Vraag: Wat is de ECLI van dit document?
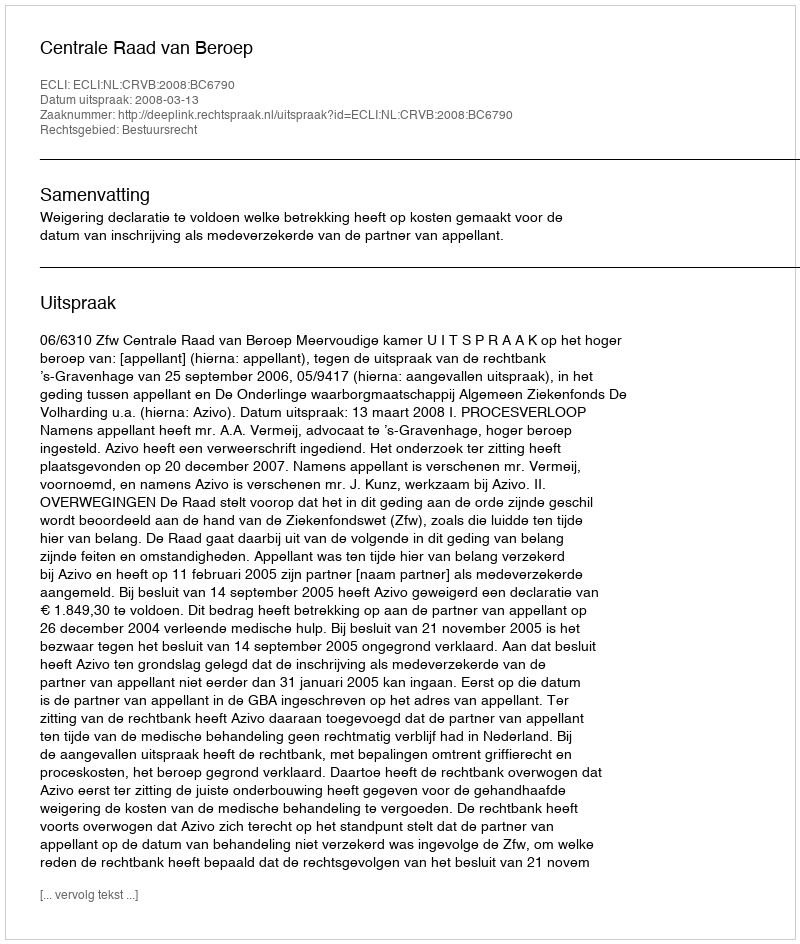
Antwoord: ECLI:NL:CRVB:2008:BC6790